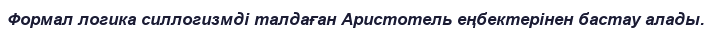
Формал логика силлогизмді талдаған Аристотель еңбектерінен бастау алады.